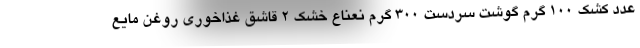
عدد کشک ۱۰۰ گرم گوشت سردست ۳۰۰ گرم نعناع خشک ۲ قاشق غذاخوری روغن مایع